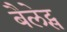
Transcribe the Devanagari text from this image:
बैलेट्स